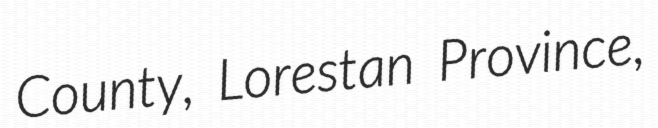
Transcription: County, Lorestan Province,